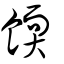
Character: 餪